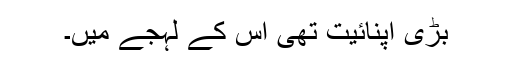
بڑی اپنائیت تھی اس کے لہجے میں۔